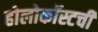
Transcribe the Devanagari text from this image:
होलोकॉस्टची